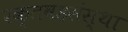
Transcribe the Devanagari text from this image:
रक्तवहसंस्था